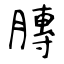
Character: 膞